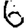
Digit: 6